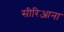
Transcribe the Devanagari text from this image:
सीरिआना